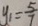
y _ { 1 } = \frac { 5 } { 7 }